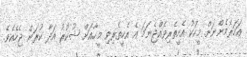
އަހަރެމެންނަށް މީހަކު އެހީތެރިވެއްޖެނަމަ އެ އެހީތެރިވި މީހާއަށް ޝުކުރު އަދާ ކުރަން ޖެހެއެވެ.